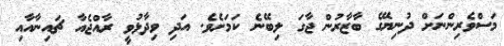
މަސްވެރިންނަށް ދުނިޔޭގެ ބާޒާރުން ޖާގަ ލިބޭނެ ކަމަށެވެ. އަދި ވިދާޅުވީ ރާއްޖެއާ ޗައިނާއާއި